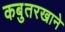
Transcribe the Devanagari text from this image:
कबुतरखाने